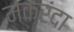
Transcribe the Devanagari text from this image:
मकरंदा